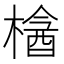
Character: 𣘞